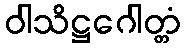
ဝါသိဋ္ဌဂေါတ္တံ